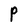
Character: P